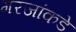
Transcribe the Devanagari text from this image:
गरजांकडे